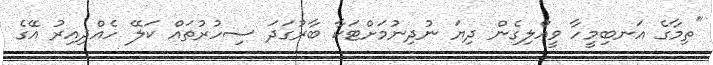
"ތިމާގެ އަނބިމީހާ ވީއްލިގެން ދިޔަ ނުދިނުމަށްޓަކާ ބާރުގަދަ ސިހުރުތައް ކަލޭ ހެއްދިއިރު އޭގެ